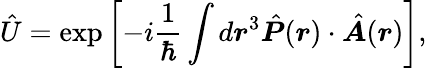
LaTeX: \hat{U}=\exp\left[-i\frac{1}{\hbar}\int d\boldsymbol r^{3}\hat{\boldsymbol P}(\boldsymbol r)\cdot\hat{\boldsymbol A}(\boldsymbol r)\right],